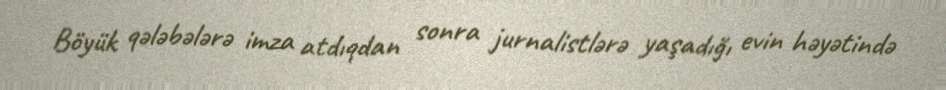
Böyük qələbələrə imza atdıqdan sonra jurnalistlərə yaşadığı evin həyətində